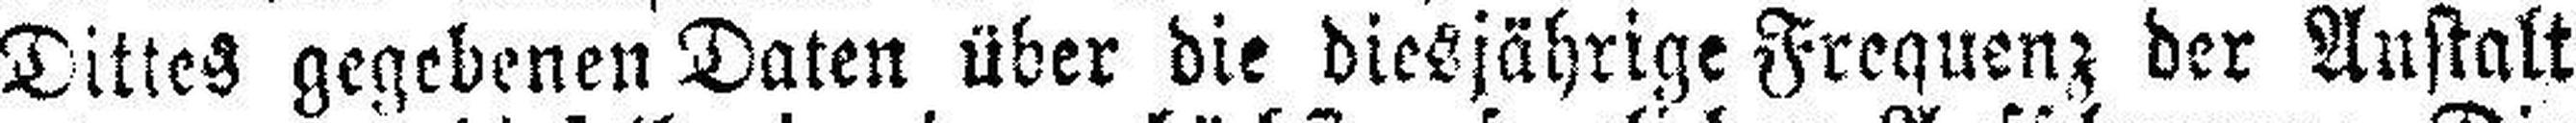
Dittes gegebenen Daten über die diesjährige Frequenz der Anstalt